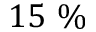
1 5 ~ \%